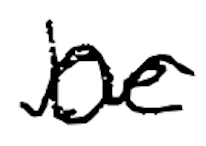
Text: be
Cross-out: wave
Writing tool: digital_black